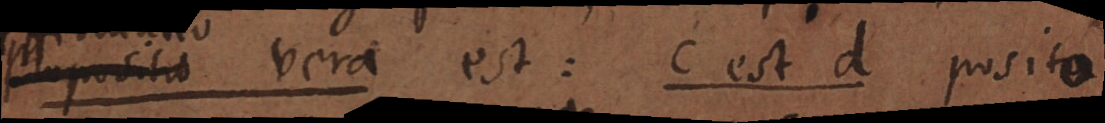
propositio vera est: c est d posito